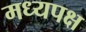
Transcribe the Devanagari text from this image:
मध्यपक्ष